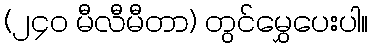
(၂၄၀ မီလီမီတာ) တွင်မွှေပေးပါ။